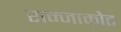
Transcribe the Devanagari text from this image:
राम्जाकोट